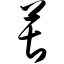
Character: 葚